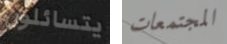
يتسائلون المجتمعات